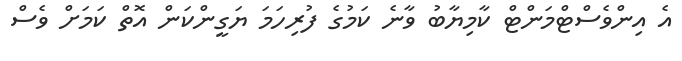
އެ އިންވެސްޓްމަންޓް ކާމިޔާބު ވާނެ ކަމުގެ ފުރިހަމަ ޔަގީންކަން އޮތް ކަމަށް ވެސް